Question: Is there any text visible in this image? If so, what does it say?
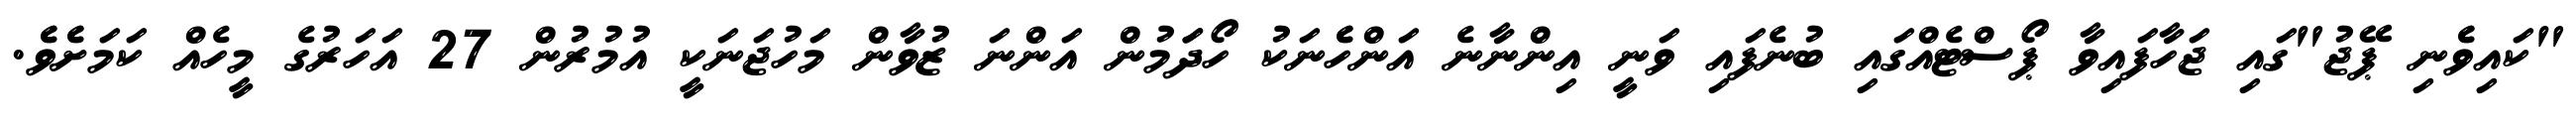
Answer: "ކައިވެެނި ޕޭޖު"ގައި ޖަހާފައިވާ ޕޯސްޓެއްގައި ބުނެފައި ވަނީ އިންނާނެ އަންހެެނަކު ހޯދަަމުން އަންނަ ޒުވާން މަހުޖަނަކީ އުމުރުން 27 އަހަރުގެ މީހެއް ކަމަށެެވެެ.